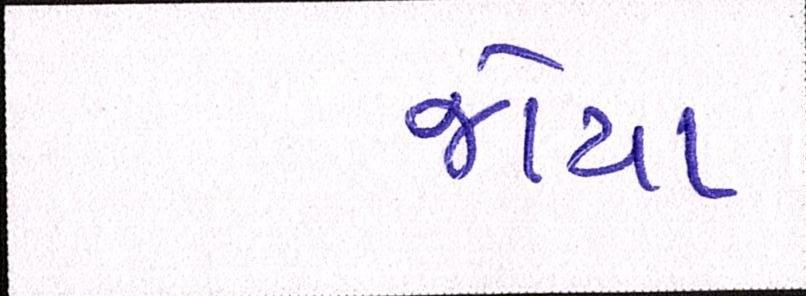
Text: જોયા